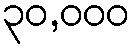
၃၀,၀၀၀